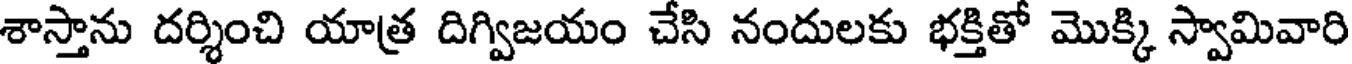
శాస్తాను దర్శించి యాత్ర దిగ్విజయం చేసి నందులకు భక్తితో మొక్కి స్వామివారి